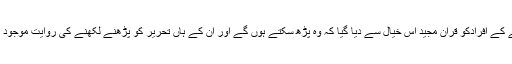
مدینے کے افرادکو قران مجید اس خیال سے دیا گیا کہ وہ پڑھ سکتے ہوں گے اور اُن کے ہاں تحریر کو پڑھنے لکھنے کی روایت موجود ہوگی۔